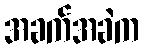
အခက်အခဲက